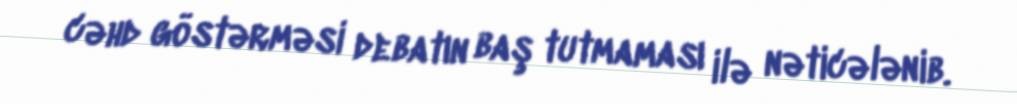
cəhd göstərməsi debatın baş tutmaması ilə nəticələnib.